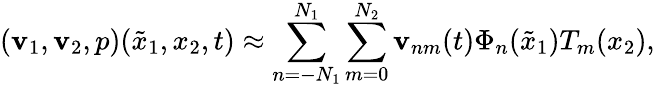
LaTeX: (\mathbf{v}_{1},\mathbf{v}_{2},p)(\tilde{{x}}_{1},x_{2},t)\approx\sum_{n=-N_{1}}^{N_{1}}\sum_{m=0}^{N_{2}}\mathsf{{\mathbf{v}}}_{nm}(t)\Phi_{n}(\tilde{{x}}_{1})T_{m}(x_{2}),